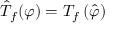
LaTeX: { \hat { T } } _ { f } ( \varphi ) = T _ { f } \left( { \hat { \varphi } } \right)